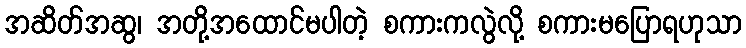
အဆိတ်အဆွ၊ အတို့အထောင်မပါတဲ့ စကားကလွဲလို့ စကားမပြောရဟုသာ